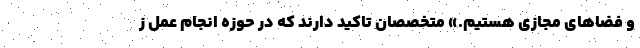
و فضاهای مجازی هستیم.» متخصصان تاکید دارند که در حوزه انجام عمل ز